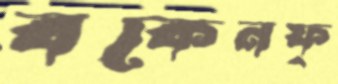
বকেনফ্